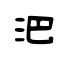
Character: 𣲩